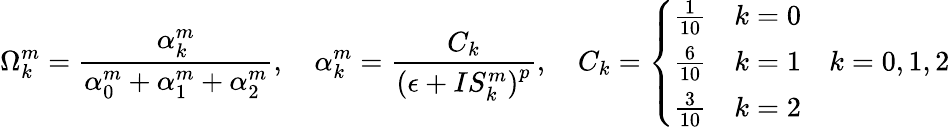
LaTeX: \Omega_{k}^{m}=\frac{\alpha_{k}^{m}}{\alpha_{0}^{m}+\alpha_{1}^{m}+\alpha_{2}^{m}},\quad\alpha_{k}^{m}=\frac{C_{k}}{{(\epsilon+IS_{k}^{m})}^{p}},\quad C_{k}=\left\{ \begin{array}{ll}{\frac{1}{10}\quad k=0}\\ {\frac{6}{10}\quad k=1}\\ {\frac{3}{10}\quad k=2}\end{array}\right.\quad k=0,1,2